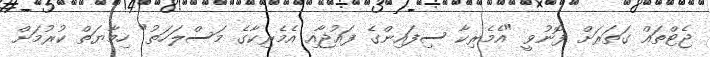
ޖެޓްތައް ގަތަރަށް ފޮނުވީ "އެމެރިކާ ސިފައިންގެ ފައުޖާއި އެމެރިކާގެ މަސްލަހަތު" ހިމާޔަތް ކުރުމަށް